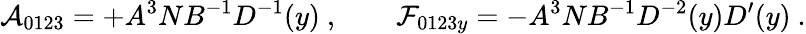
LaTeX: {\cal A}_{0123}=+A^{3}NB^{-1}D^{-1}(y)\ ,\ \ \ \ \ \ \ \ {\cal F}_{0123y}=-A^{3}NB^{-1}D^{-2}(y)D^{\prime}(y)\ .